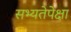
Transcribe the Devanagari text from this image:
सभ्यतेपेक्षा